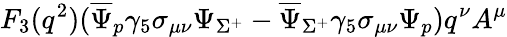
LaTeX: F_{3}(q^{2})(\overline{{{\Psi}}}_{p}\gamma_{5}\sigma_{\mu\nu}\Psi_{\Sigma^{+}}-\overline{{{\Psi}}}_{\Sigma^{+}}\gamma_{5}\sigma_{\mu\nu}\Psi_{p})q^{\nu}A^{\mu}